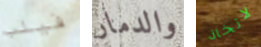
فيلب والدمار لاتخاذ